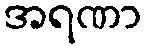
အရဏာ